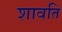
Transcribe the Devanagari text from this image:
शावति